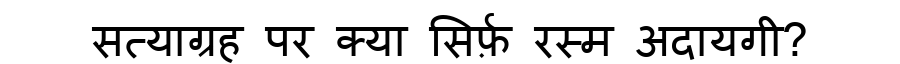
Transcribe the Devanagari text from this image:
सत्याग्रह पर क्या सिर्फ़ रस्म अदायगी?